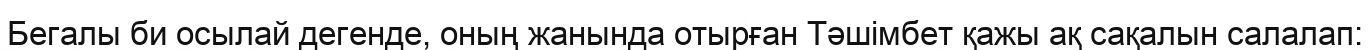
Бегалы би осылай дегенде, оның жанында отырған Тәшімбет қажы ақ сақалын салалап: